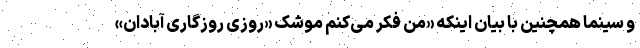
و سینما همچنین با بیان اینکه «من فکر می‌کنم موشک «روزی روزگاری آبادان»